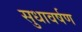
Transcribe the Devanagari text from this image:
सुधावर्षण